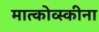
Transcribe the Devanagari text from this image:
मात्कोव्स्कीना